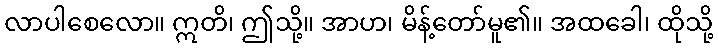
လာပါစေလော။ ဣတိ၊ ဤသို့။ အာဟ၊ မိန့်တော်မူ၏။ အထခေါ၊ ထိုသို့